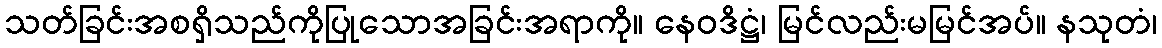
သတ်ခြင်းအစရှိသည်ကိုပြုသောအခြင်းအရာကို။ နေဝဒိဋ္ဌံ၊ မြင်လည်းမမြင်အပ်။ နသုတံ၊